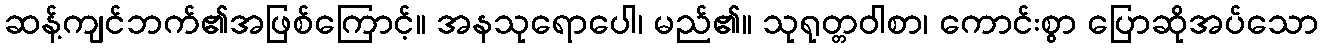
ဆန့်ကျင်ဘက်၏အဖြစ်ကြောင့်။ အနသုရောပေါ၊ မည်၏။ သုရုတ္တဝါစာ၊ ကောင်းစွာ ပြောဆိုအပ်သော